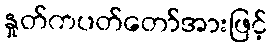
နှုတ်ကပတ်တော်အားဖြင့်